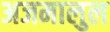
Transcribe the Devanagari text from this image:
अजमालुल